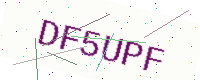
Text: DF5UPF